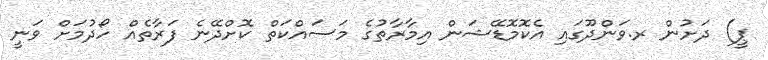
ޕީ) ދަށުން ރ.ވަންދޫގައި އެކޮމޮޑޭޝަން އިމާރާތުގެ މަސައްކަތް ކޮށްދޭނެ ފަރާތެއް ހޯދުމަށް ވަނީ